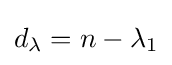
d_{\lambda }=n-\lambda _{1}